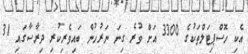
އެކި ހޮސްޕިޓަލްތަކުގެ 3300 އަށް ވުރެ ގިނަ ނަރުހުން ބައިވެރިކުރި ދިރާސާގައި 31